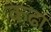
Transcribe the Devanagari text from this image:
कढा